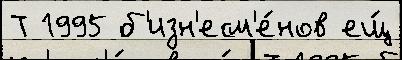
Т 1995 б'изн'есм'е́нов ещ́